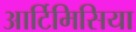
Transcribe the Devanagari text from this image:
आर्टिमिसिया